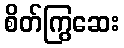
စိတ်ကြွဆေး